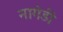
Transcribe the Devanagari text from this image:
नागेडी